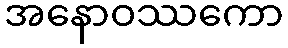
အနောဝဿကော